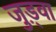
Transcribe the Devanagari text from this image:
जुड़्वा